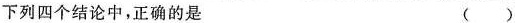
下列四个结论中，正确的是 ()